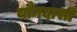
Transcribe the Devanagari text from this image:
यौनदासी